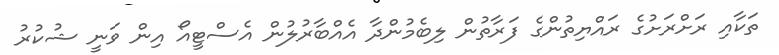
ތަކާއި ރަށްރަށުގެ ރައްޔިތުންގެ ފަރާތުން ލިބެމުންދާ އެއްބާރުލުން އެސްޓީއޯ އިން ވަނީ ޝުކުރު